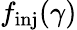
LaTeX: f_{\mathrm{inj}}(\gamma)